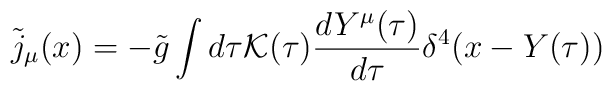
{\tilde j}_\mu (x) = - {\tilde g} \int d\tau {\cal K}(\tau) \frac{dY^\mu(\tau)}   {d\tau} \delta^4(x-Y(\tau))